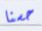
حسنا